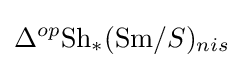
\Delta ^{op}{\text{Sh}}_{*}({\text{Sm}}/S)_{nis}